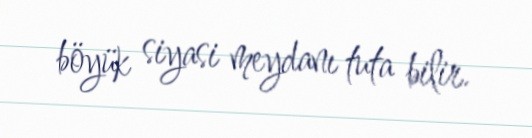
böyük siyasi meydanı tuta bilir.